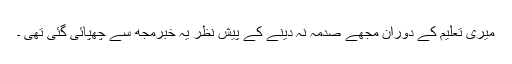
میری تعلیم کے دوران مجھے صدمہ نہ دینے کے پیشِ نظر یہ خبرمجھ سے چھپائی گئی تھی ۔